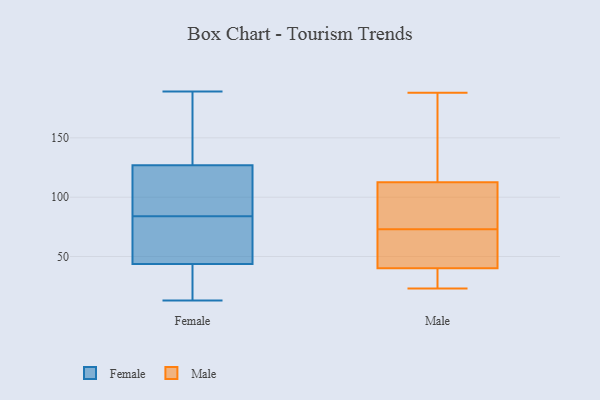
{"axis": {"x": "Satisfaction Score", "y": "Value"}, "legend": ["Female", "Male"], "data": [{"x": "", "y": 104, "type": "Female"}, {"x": "", "y": 189, "type": "Female"}, {"x": "", "y": 162, "type": "Female"}, {"x": "", "y": 145, "type": "Female"}, {"x": "", "y": 99, "type": "Female"}, {"x": "", "y": 46, "type": "Female"}, {"x": "", "y": 76, "type": "Female"}, {"x": "", "y": 84, "type": "Female"}, {"x": "", "y": 22, "type": "Female"}, {"x": "", "y": 43, "type": "Female"}, {"x": "", "y": 130, "type": "Female"}, {"x": "", "y": 27, "type": "Female"}, {"x": "", "y": 187, "type": "Female"}, {"x": "", "y": 96, "type": "Female"}, {"x": "", "y": 29, "type": "Female"}, {"x": "", "y": 118, "type": "Female"}, {"x": "", "y": 13, "type": "Female"}, {"x": "", "y": 75, "type": "Female"}, {"x": "", "y": 52, "type": "Female"}, {"x": "", "y": 23, "type": "Male"}, {"x": "", "y": 111, "type": "Male"}, {"x": "", "y": 48, "type": "Male"}, {"x": "", "y": 114, "type": "Male"}, {"x": "", "y": 99, "type": "Male"}, {"x": "", "y": 67, "type": "Male"}, {"x": "", "y": 61, "type": "Male"}, {"x": "", "y": 23, "type": "Male"}, {"x": "", "y": 79, "type": "Male"}, {"x": "", "y": 32, "type": "Male"}, {"x": "", "y": 136, "type": "Male"}, {"x": "", "y": 188, "type": "Male"}]}